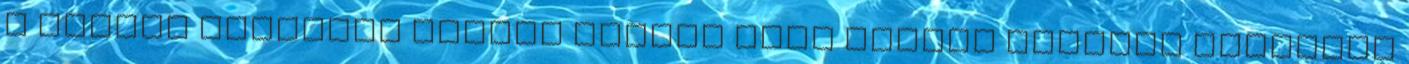
a pollen adatokat Pollen adatok Vény nélkül kapható Alacsony